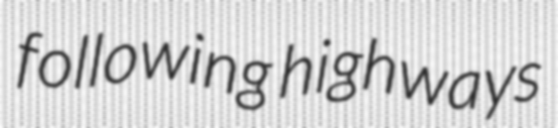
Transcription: following highways